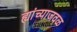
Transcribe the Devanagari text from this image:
ह्यांच्याजवळ